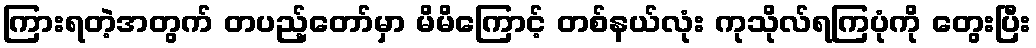
ကြားရတဲ့အတွက် တပည့်တော်မှာ မိမိကြောင့် တစ်နယ်လုံး ကုသိုလ်ရကြပုံကို တွေးပြီး